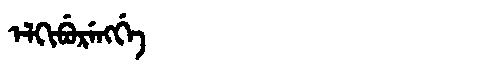
Manchu: ᡝᠯᡴᡳᠪᡠᡵᡝᠩᡤᡝ
Romanization: ELKIBURENGGE